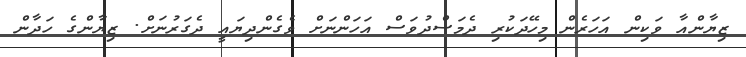
ޒިޔާންއާ ވަކިން އަހަރެން މިހޭދަކުރި ދެމަސްދުވަސް އަހަންނަށް ވެގެންދިޔައީ ދެގަރުނަށް. ޒިޔާންގެ ހަދާން